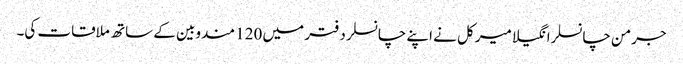
جرمن چانسلرانگیلا میرکل نے اپنے چانسلر دفتر میں 120 مندوبین کے ساتھ ملاقات کی۔